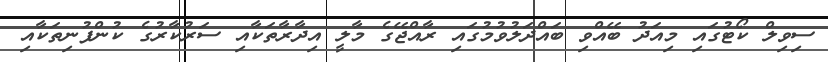
ސިވިލް ކޯޓުގައި މިއަދު ބޭއްވި ބައްދަލުވުމުގައި ރާއްޖޭގެ މާލީ އިދާރާތަކާއި ސަރުކާރުގެ ކުންފުނިތަކާއި